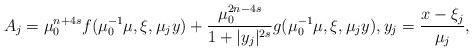
LaTeX: \begin{align*}A_j = \mu_0^{n+4s}f(\mu_0^{-1}\mu, \xi, \mu_jy) + \frac{\mu_0^{2n-4s}}{1+|y_j|^{2s}}g(\mu_0^{-1}\mu, \xi,\mu_jy),y_j = \frac{x-\xi_j}{\mu_j},\end{align*}